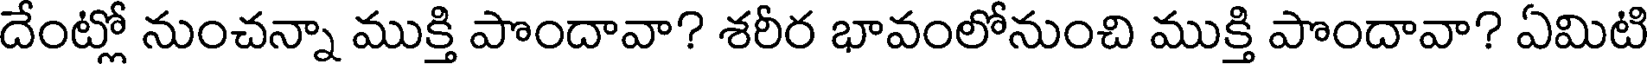
దేంట్లో నుంచన్నా ముక్తి పొందావా? శరీర భావంలోనుంచి ముక్తి పొందావా? ఏమిటి